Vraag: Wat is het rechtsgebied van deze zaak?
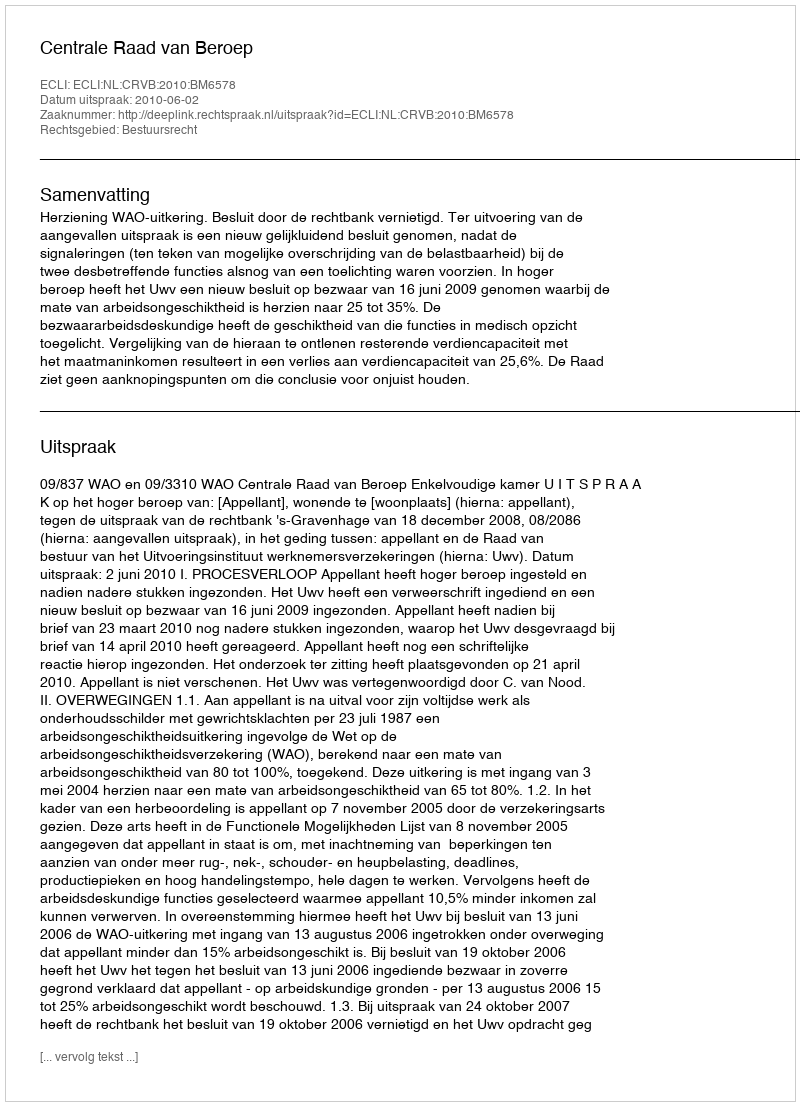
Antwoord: Bestuursrecht